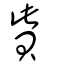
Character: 貲